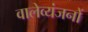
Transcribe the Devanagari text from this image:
वालेव्यंजनों